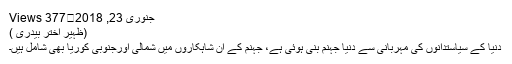
جنوری 23, 2018	377 Views
(ظہیر اختر بیدری )
دنیا کے سیاستدانوں کی مہربانی سے دنیا جہنم بنی ہوئی ہے، جہنم کے ان شاہکاروں میں شمالی اورجنوبی کوریا بھی شامل ہیں۔